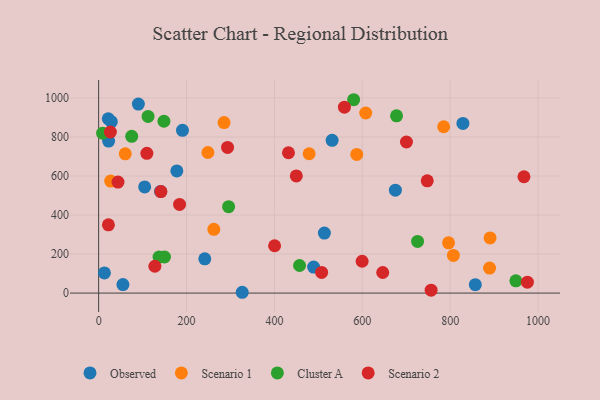
{"axis": {"x": "Experience", "y": "Exam Score"}, "legend": ["Cluster A", "Observed", "Scenario 1", "Scenario 2"], "data": [{"x": "241.6", "y": 175.7, "type": "Observed"}, {"x": "489.3", "y": 133.2, "type": "Observed"}, {"x": "13.2", "y": 103.6, "type": "Observed"}, {"x": "190.8", "y": 834.3, "type": "Observed"}, {"x": "326.8", "y": 4.2, "type": "Observed"}, {"x": "140.9", "y": 521.2, "type": "Observed"}, {"x": "857.3", "y": 43.2, "type": "Observed"}, {"x": "829.1", "y": 869.5, "type": "Observed"}, {"x": "21.9", "y": 893.4, "type": "Observed"}, {"x": "104.8", "y": 544.1, "type": "Observed"}, {"x": "55.3", "y": 43.8, "type": "Observed"}, {"x": "531.4", "y": 782.8, "type": "Observed"}, {"x": "178.0", "y": 625.9, "type": "Observed"}, {"x": "675.4", "y": 527.5, "type": "Observed"}, {"x": "22.7", "y": 779.0, "type": "Observed"}, {"x": "90.4", "y": 968.5, "type": "Observed"}, {"x": "513.8", "y": 307.4, "type": "Observed"}, {"x": "28.9", "y": 878.2, "type": "Observed"}, {"x": "262.2", "y": 327.0, "type": "Scenario 1"}, {"x": "479.1", "y": 714.1, "type": "Scenario 1"}, {"x": "587.5", "y": 710.4, "type": "Scenario 1"}, {"x": "285.5", "y": 873.6, "type": "Scenario 1"}, {"x": "607.9", "y": 922.9, "type": "Scenario 1"}, {"x": "807.4", "y": 192.8, "type": "Scenario 1"}, {"x": "248.7", "y": 720.4, "type": "Scenario 1"}, {"x": "27.4", "y": 574.2, "type": "Scenario 1"}, {"x": "796.4", "y": 257.6, "type": "Scenario 1"}, {"x": "60.6", "y": 713.5, "type": "Scenario 1"}, {"x": "890.9", "y": 282.7, "type": "Scenario 1"}, {"x": "889.8", "y": 128.0, "type": "Scenario 1"}, {"x": "785.3", "y": 852.5, "type": "Scenario 1"}, {"x": "75.3", "y": 803.6, "type": "Cluster A"}, {"x": "580.4", "y": 990.9, "type": "Cluster A"}, {"x": "725.9", "y": 265.0, "type": "Cluster A"}, {"x": "148.6", "y": 880.7, "type": "Cluster A"}, {"x": "295.8", "y": 442.9, "type": "Cluster A"}, {"x": "137.5", "y": 184.7, "type": "Cluster A"}, {"x": "678.0", "y": 908.3, "type": "Cluster A"}, {"x": "457.3", "y": 141.5, "type": "Cluster A"}, {"x": "112.5", "y": 905.3, "type": "Cluster A"}, {"x": "9.1", "y": 819.5, "type": "Cluster A"}, {"x": "949.6", "y": 63.0, "type": "Cluster A"}, {"x": "149.9", "y": 184.9, "type": "Cluster A"}, {"x": "507.5", "y": 105.7, "type": "Scenario 2"}, {"x": "293.4", "y": 746.5, "type": "Scenario 2"}, {"x": "968.0", "y": 596.1, "type": "Scenario 2"}, {"x": "975.8", "y": 55.9, "type": "Scenario 2"}, {"x": "128.0", "y": 137.5, "type": "Scenario 2"}, {"x": "44.1", "y": 569.1, "type": "Scenario 2"}, {"x": "700.6", "y": 774.3, "type": "Scenario 2"}, {"x": "26.8", "y": 825.5, "type": "Scenario 2"}, {"x": "141.8", "y": 520.3, "type": "Scenario 2"}, {"x": "449.9", "y": 600.3, "type": "Scenario 2"}, {"x": "400.5", "y": 242.7, "type": "Scenario 2"}, {"x": "599.7", "y": 163.3, "type": "Scenario 2"}, {"x": "747.9", "y": 575.2, "type": "Scenario 2"}, {"x": "184.2", "y": 454.2, "type": "Scenario 2"}, {"x": "559.4", "y": 952.5, "type": "Scenario 2"}, {"x": "646.6", "y": 105.6, "type": "Scenario 2"}, {"x": "432.1", "y": 719.3, "type": "Scenario 2"}, {"x": "756.7", "y": 14.8, "type": "Scenario 2"}, {"x": "109.8", "y": 716.2, "type": "Scenario 2"}, {"x": "22.3", "y": 350.0, "type": "Scenario 2"}]}